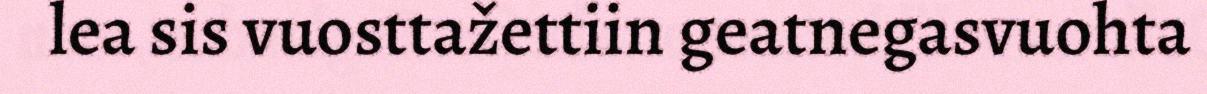
lea sis vuosttažettiin geatnegasvuohta